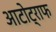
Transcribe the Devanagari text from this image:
आटोट्राफ